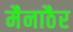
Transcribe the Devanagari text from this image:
मैनाठैर